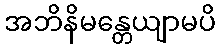
အဘိနိမန္တေယျာမပိ